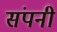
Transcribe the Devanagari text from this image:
संपनी